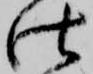
仕